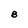
Character: B